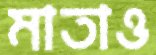
মাতাও